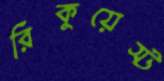
রিকুয়েস্ট